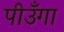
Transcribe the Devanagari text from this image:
पीउँगा